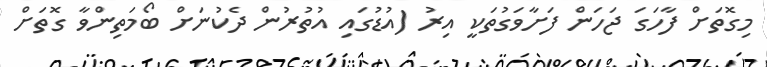
މިގޮތަށް ފާހަގަ ޖަހަން ފަށާވަގުތަކީ އިރު (އުޑުގައި އުތުރުން ދެކުނަށް ބޯމަތިންވާ ގޮތަށް